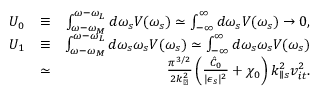
\begin{array} { r l r } { U _ { 0 } } & { \equiv } & { \int _ { \omega - \omega _ { M } } ^ { \omega - \omega _ { L } } d \omega _ { s } V ( \omega _ { s } ) \simeq \int _ { - \infty } ^ { \infty } d \omega _ { s } V ( \omega _ { s } ) \rightarrow 0 , } \\ { U _ { 1 } } & { \equiv } & { \int _ { \omega - \omega _ { M } } ^ { \omega - \omega _ { L } } d \omega _ { s } \omega _ { s } V ( \omega _ { s } ) \simeq \int _ { - \infty } ^ { \infty } d \omega _ { s } \omega _ { s } V ( \omega _ { s } ) } \\ & { \simeq } & { \frac { \pi ^ { 3 / 2 } } { 2 k _ { \perp } ^ { 2 } } \left( \frac { \hat { C } _ { 0 } } { \lvert \epsilon _ { s } \rvert ^ { 2 } } + \chi _ { 0 } \right) k _ { \parallel s } ^ { 2 } v _ { i t } ^ { 2 } . } \end{array}